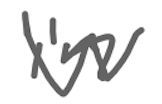
Text: in
Cross-out: zig-zag
Writing tool: digital_gray